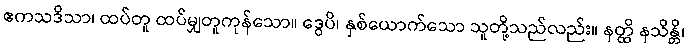
ဧကသဒိသာ၊ ထပ်တူ ထပ်မျှတူကုန်သော။ ဒွေပိ၊ နှစ်ယောက်သော သူတို့သည်လည်း။ နတ္ထိ နသိန္တိ၊